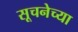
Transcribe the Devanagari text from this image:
सूचनेच्या